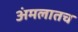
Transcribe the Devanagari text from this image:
अंमलातच